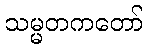
သမ္မတကတော်